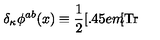
\delta _ { \kappa } \phi ^ { a b } ( x ) \equiv { \frac 1 2 } [ \kern - 0 . 4 5 e m \llap [ \mathrm { T r } ~